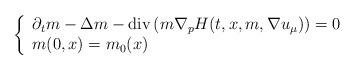
LaTeX: \begin{align*}\left\{\begin{array}{l}\partial_t m - \Delta m - \mathrm{div} \left(m\nabla_p H(t,x,m,\nabla u_\mu)\right) = 0 \\m(0,x) = m_0(x)\end{array}\right.\end{align*}